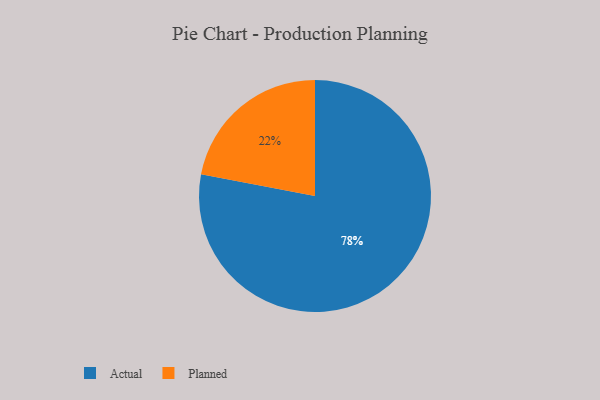
{"axis": {"x": "Category", "y": "Percentage"}, "legend": ["Actual", "Planned"], "data": [{"x": "Planned", "y": 22, "type": "Planned"}, {"x": "Actual", "y": 78, "type": "Actual"}]}